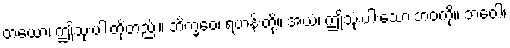
တယော၊ ဤသုံးပါးတို့တည်း။ ဘိက္ခဝေ၊ ရဟန်းတို့။ အယံ၊ ဤသုံးပါးသော ဘဝကို။ ဘဝေါ၊